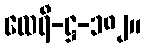
ထေရီ-ဋ္ဌ-၁၈၂။